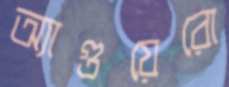
অ্যাগুয়েরো